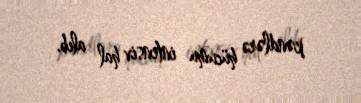
kəndlərə hücumu intensiv hal alıb.